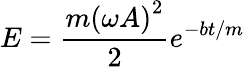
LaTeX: E={\frac{m\left(\omega A\right)^{2}}{2}}e^{-bt/m}